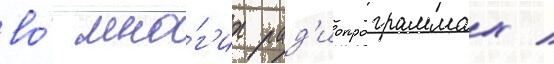
во́ мно́г'их рад'иопрограммах /